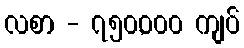
လစာ - ၇၅၀,၀၀၀ ကျပ်